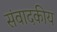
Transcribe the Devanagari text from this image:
संवादकीय